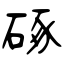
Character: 硺